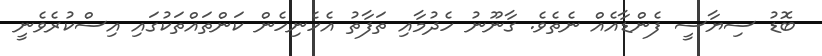
ބޮޑު ސިޔާސީ ފެންޑާއެއް ނެތެވެ. ގާނޫނު ހެދުމާއި ތަފާތު އެހެނިހެން ކަންތައްތަކުގައި އިސްކުރެވެނީ